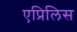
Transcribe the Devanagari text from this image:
एप्रिलिस